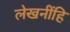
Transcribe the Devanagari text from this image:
लेखनींहि